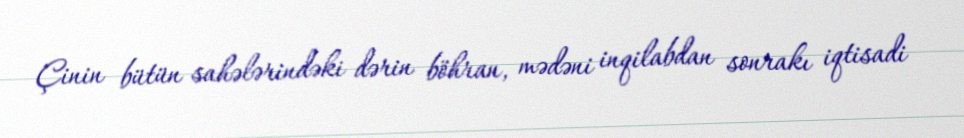
Çinin bütün sahələrindəki dərin böhran, mədəni inqilabdan sonrakı iqtisadi